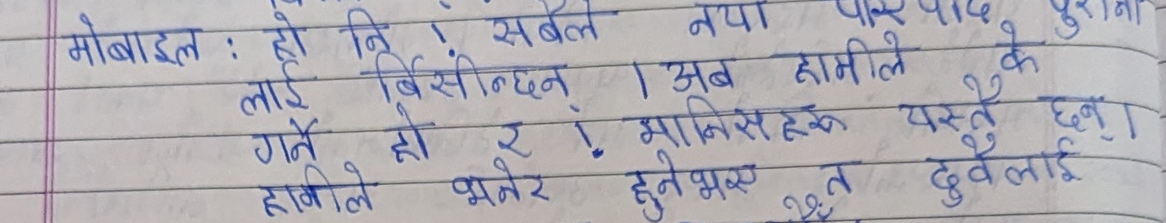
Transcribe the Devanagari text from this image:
मोबाइल : हो नि ! सबैले नयाँ पाठ पढे, पुराना
लाई बिर्सिन्छन् । अब हामीले के
गर्ने हो र ! मानिसहरू यस्तै छन् ।
हामीले भनेर हुनेभएन त दुवैलाई